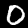
Digit: 0